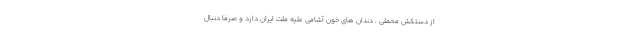
از دستکش مخملی ، دندان های خون آشامی علیه ملت ایران دارد و صرفا دنبال